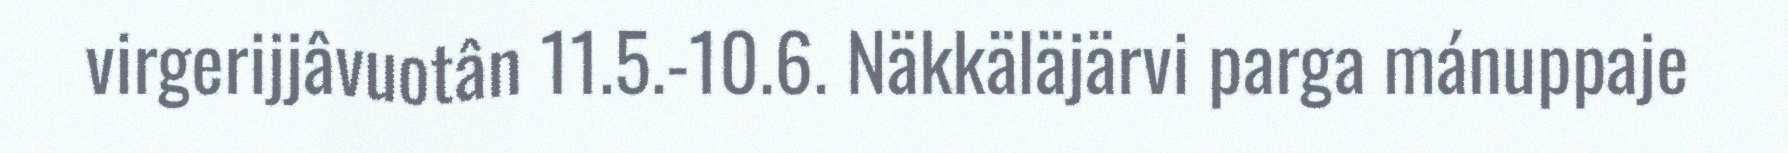
virgerijjâvuotân 11.5.-10.6. Näkkäläjärvi parga mánuppaje